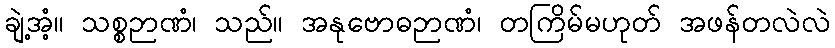
ချဲ့အံ့။ သစ္စဉာဏံ၊ သည်။ အနုဗောဓဉာဏံ၊ တကြိမ်မဟုတ် အဖန်တလဲလဲ